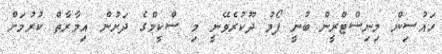
ހައުސިން މިނިސްޓްރީން ބުނީ ފޯމު ދޫކުރެވޭނީ މި ސްކީމްގެ ދަށުން އިމާރާތް ކުރުމަށް